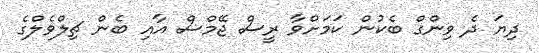
ދިޔަ ދެ ވިންގް ބެކުން ކަމަށްވާ ރީސް ޖޭމްސް އާއި ބެން ޗިލްވެލްގެ